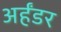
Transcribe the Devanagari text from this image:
अर्हंडर